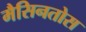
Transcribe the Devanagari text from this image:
मैसिनतोस